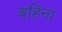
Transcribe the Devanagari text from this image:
बहिना